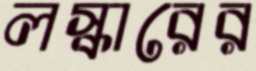
লস্কারের